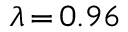
\lambda \, { = } \, 0 . 9 6